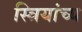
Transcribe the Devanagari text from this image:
स्त्रियांच्य